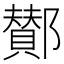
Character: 鄼